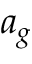
a _ { g }